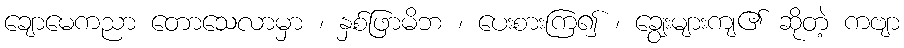
ချောမေကညာ တောသေလာမှာ ၊ နှစ်ဖြာမိဘ ၊ ပေးစားကြ၍ ၊ ချွေးများကျ၏ ဆိုတဲ့ ကဗျာ